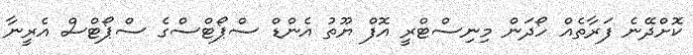
ކޮށްދޭނެ ފަރާތެއް ހޯދަން މިނިސްޓްރީ އޮފް ޔޫތު އެންޑް ސްޕޯޓްސްގެ ސްޕޯޓްސް އެރީނާ